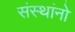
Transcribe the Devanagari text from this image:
संस्थांनो